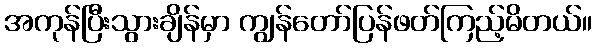
အကုန်ပြီးသွားချိန်မှာ ကျွန်တော်ပြန်ဖတ်ကြည့်မိတယ်။